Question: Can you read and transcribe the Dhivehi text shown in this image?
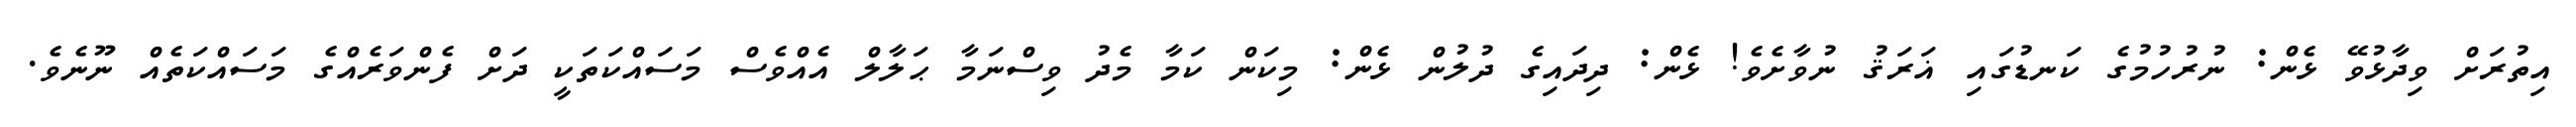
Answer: އިތުރަށް ވިދާޅުވޭ ޅެން: ނުރުހުމުގެ ކަނޑުގައި ޣަރަޤު ނުވާށެވެ! ޅެން: ދިދައިގެ ދުލުން ޅެން: މިކަން ކަމާ މެދު ވިސްނަމާ ޙަލާލް އެއްވެސް މަސައްކަތަކީ ދަށް ފެންވަރެއްގެ މަސައްކަތެއް ނޫނެވެ.